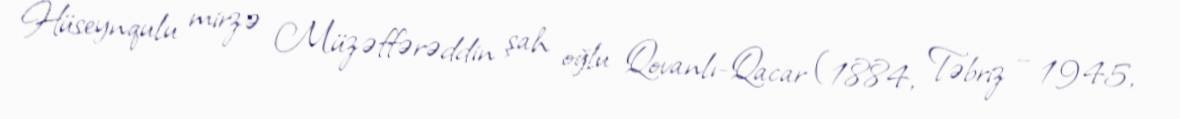
Hüseynqulu mirzə Müzəffərəddin şah oğlu Qovanlı-Qacar (1884, Təbriz – 1945,